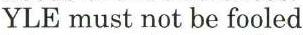
YLE must not be fooled